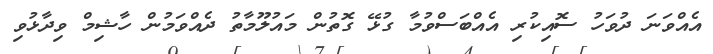
އެއްވަނަ ދުވަހު ސޮއިކުރި އެއްބަސްވުމާ ގުޅޭ ގޮތުން މައުލޫމާތު ދެއްވަމުން ހާޝިމް ވިދާޅުވި